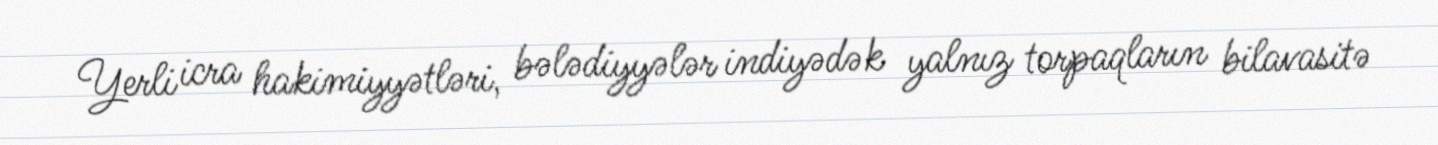
Yerli icra hakimiyyətləri, bələdiyyələr indiyədək yalnız torpaqların bilavasitə